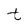
Character: t